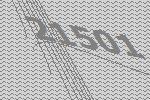
21501